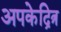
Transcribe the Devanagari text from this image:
अपकेद्रित्र